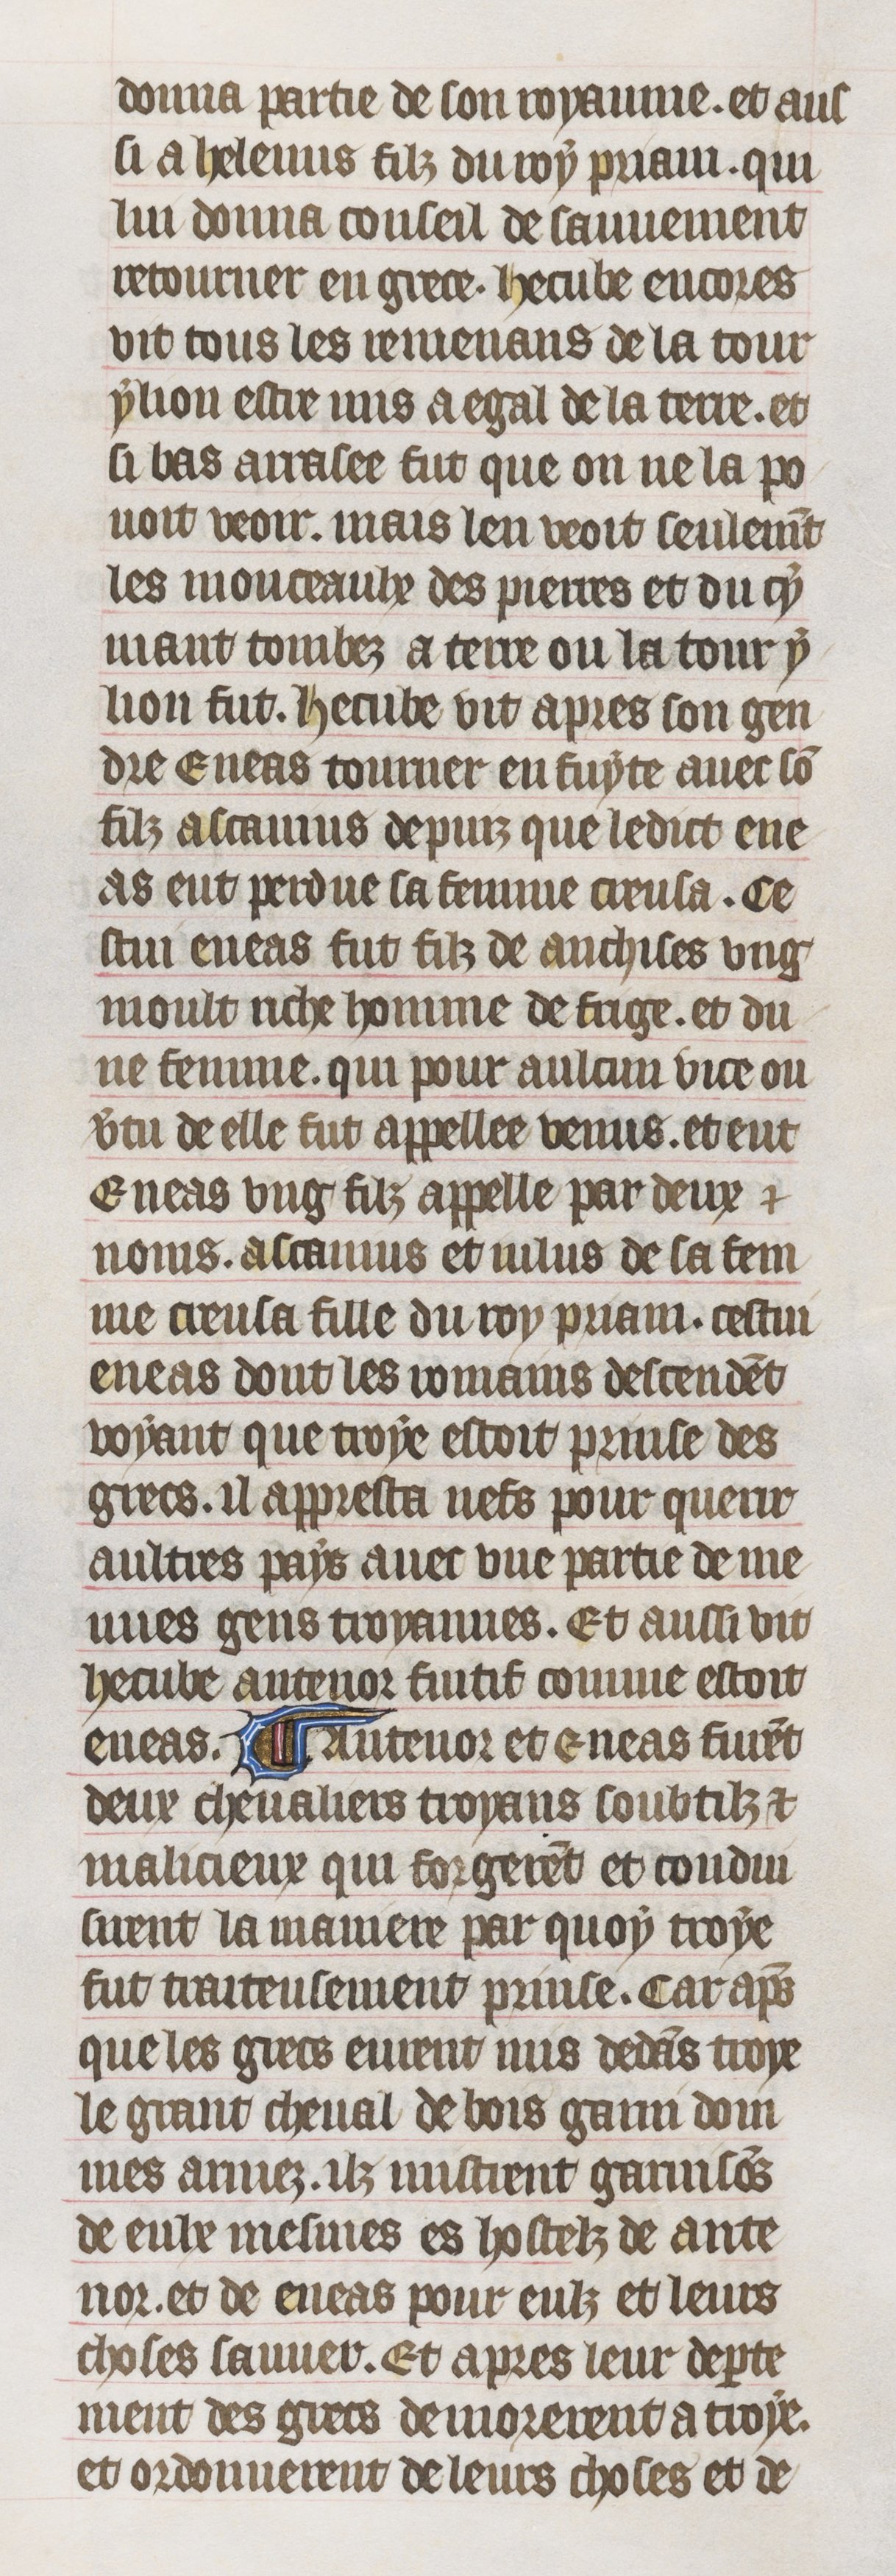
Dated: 1395–1425